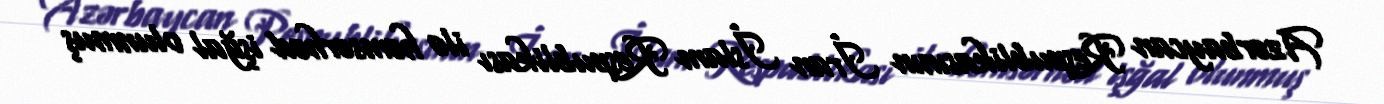
Azərbaycan Respublikasının İran İslam Respublikası ilə həmsərhəd işğal olunmuş